Report on sanitation, dispensaries, and jails in Rajputana for 1915, and on vaccination for the year 1915-1916 - 1915-1916
Year: 1915
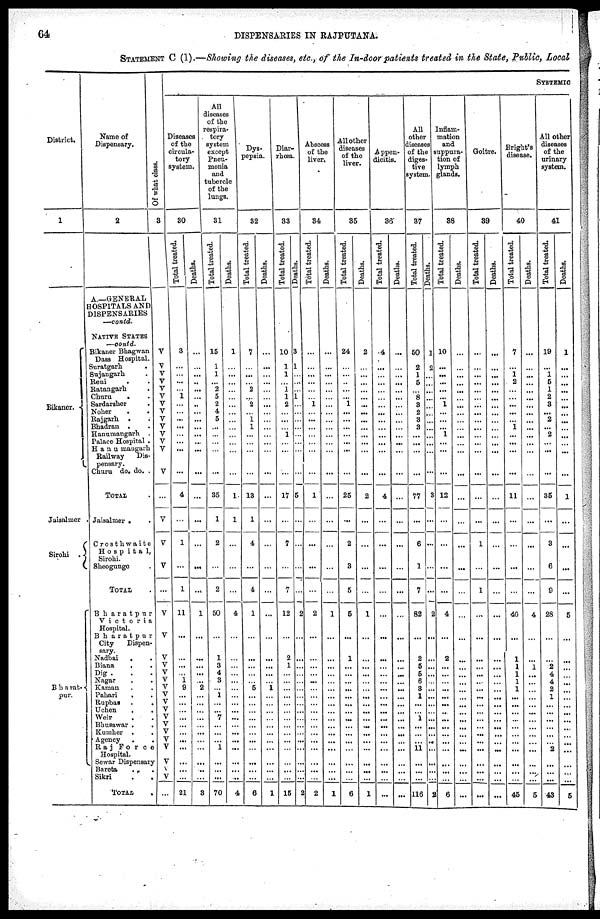
64
DISPENSARIES IN RAJPUTANA.
STATEMENT C (1).—Showing the diseases, etc., of the In-door patients treated in the State, Public, Local
District.
1
Bikaner.
Jaisalmer .
Sirohi
Bharat¬
pur.
Name of
Dispensary.
2
A.—GENERAL
HOSPITALS AND
DISPENSARIES
.—contd.
NATIVE STATES
—contd.
Bikaner Bhagwan
Dass Hospital.
Suratgarh .
Sujangarh .
Reni . .
Ratangarh .
Churu . .
Sardarsher .
Noher . .
Rajgarh . .
Bhadran . .
Hanumangarh .
Palace Hospital .
Hanumangarh
Railway
Dis-
pensary.
Churu do. do. .
TOTAL .
Jaisalmer .
Crosth waite
Hospita1,
Sirohi.
Sheogunge .
TOTAL.
Bharatpur
Victoria
Hospital.
Bharatpur
City
Dispen-
sary.
Nadbai
.
.
Biana . .
Dig . . .
Nagar . .
Kaman . .
Pahari . .
Rupbas . .
Uchen . .
Weir
Bbusawar .
Kumher . .
Agency . .
Raj Force
Hospital.
Sewar Dispensary
Bareta . .
Sikri . .
TOTAL
.
Of what class.
3
V
V
V
V
V
V
V
V
V
V
V
V
V
V
...
V
V
V
...
V
V
V
V
V
V
V
V
V
V
V
V
V
V
V
V
V
...
SYSTEMIC
Diseases
of the
circula-
tory
system.
30
Total treated.
3
...
...
...
...
1
...
... ...
...
...
...
...
...
4
...
1
...
1
11
...
...
...
...
1
9
...
...
... ...
...
...
...
...
...
...
...
21
Deaths.
...
... ...
...
...
...
...
...
...
...
...
...
...
...
...
...
...
...
...
1
...
...
...
...
...
2
...
...
...
...
...
...
...
...
...
...
...
3
All
diseases
of the
respira-
tory
system
except
Pneu-
monia
and
tubercle
of the
lungs.
31
Total treated.
15
1
1
...
2
5
2
4
6
... ...
...
...
...
35
1
2
...
2
50
...
1
3
4
3
...
1
...
...
7
...
...
...
1
...
...
...
70
Deaths.
1
... ...
...
...
...
...
...
...
...
...
...
...
...
1
1
...
...
...
4
...
...
...
... ...
...
...
... ...
...
...
...
...
...
...
...
...
4
Dys-
pepsia.
32
Total treated.
7
... ...
... 2
...
2
... 1
1
...
...
...
...
13
1
4
...
4
1
...
...
...
...
... 5
...
... ...
...
...
... ...
...
...
...
...
6
Deaths.
...
...
...
...
...
...
...
...
...
...
...
...
...
...
...
...
...
...
...
...
...
...
...
...
...
1
...
...
...
... ...
...
...
...
...
...
...
1
Diar-
rhœa.
33
Total treated.
10
1
1
... 1
1
2
...
...
... 1
...
...
...
17
...
7
...
7
12
...
2
1
... ...
...
...
...
...
...
... ...
...
...
...
...
...
15
Deaths.
3
1
1
...
...
1
...
...
...
...
...
...
...
...
5
...
...
...
...
2
...
...
...
...
...
...
...
... ...
...
...
... ..
...
...
...
...
2
Abscess
of the
liver.
34
Total treated.
...
...
...
...
...
... 1
...
...
...
...
...
...
...
1
...
...
...
...
2
...
...
...
... ...
...
...
... ...
...
...
...
...
...
...
...
...
2
Deaths.
...
...
...
...
...
...
...
...
...
...
...
... ...
...
...
...
...
...
...
1
...
...
...
...
... ...
...
... ...
...
...
...
...
...
...
...
...
_1
All other
diseases
of the
liver.
35
Total treated.
24
...
...
... ...
...
1
...
...
...
...
...
...
...
25
...
2
8
5
5
...
1
...
...
...
...
...
...
...
...
...
...
...
...
...
...
...
6
Deaths.
2
... ...
...
...
...
...
...
...
...
...
...
...
...
2
...
...
...
...
1
...
...
...
...
...
...
...
...
...
...
...
...
...
...
...
...
...
1
Appen-
dicitis.
36
Total treated.
4
...
...
...
...
...
...
...
...
...
...
...
...
...
4
...
...
...
...
...
...
...
...
...
...
...
...
...
...
...
...
...
...
...
...
...
...
...
Deaths.
...
...
...
...
...
...
...
...
...
...
...
...
...
...
...
...
...
...
...
...
...
...
...
...
...
...
...
...
...
...
...
...
...
...
...
...
...
...
All
other
diseases
of the
diges-
tive
system
37
Total treated.
50
2
1
5
...
8
8
2
3
8
...
...
...
...
77
...
6
1
7
82
...
2
5
5
6
8
1
...
...
1
... ...
...
11
...
...
...
116
Deaths.
1
2
...
...
...
...
...
...
...
...
...
...
...
...
3
...
...
...
...
2
...
...
...
...
...
...
...
...
... ...
...
...
...
...
...
...
...
2
Inflam-
mation
and
suppura-
tion of
lymph
glands.
38
Total treated.
10
...
...
...
...
...
1
...
...
...
1
...
...
...
12
...
...
...
...
4
...
2
...
...
...
...
...
...
...
...
... ...
...
...
...
...
...
6
Deaths.
...
...
...
...
...
...
...
...
...
... ...
... ...
...
...
...
...
...
...
...
...
...
...
...
...
...
...
...
... ...
...
...
...
...
...
...
...
...
Goitre.
39
Total treated.
...
...
...
...
...
...
...
...
...
...
...
...
...
...
...
...
1
...
1
...
...
...
...
...
...
...
...
...
...
...
...
...
...
...
...
...
...
...
Deaths.
...
...
...
...
...
...
...
...
...
...
...
...
...
...
...
...
...
...
...
...
...
...
...
...
...
...
...
...
...
...
...
...
...
...
...
...
...
...
Bright's
disease.
40
Total treated.
7
...
1
2
...
...
...
...
...
1
...
...
...
...
11
...
...
...
...
40
...
1
1
1
1
1
...
...
...
...
...
...
...
...
...
...
...
45
Deaths.
...
...
...
...
...
...
...
...
...
...
...
...
...
...
...
...
...
...
...
4
...
...
1
...
...
...
... ...
...
... ...
...
...
...
...
...
...
_5
All other
diseases
of the
urinary
system.
41
Total treated.
19
...
1
5
1
2
8
...
2
...
2
...
...
...
35
...
3
6
9
28
...
...
2
4
4
2
1
...
...
...
...
...
...
2
...
... ...
38
Deaths.
1
...
...
...
...
...
...
...
...
...
...
...
...
...
1
...
...
...
...
5
...
...
...
...
...
...
...
...
...
...
...
...
...
...
...
... ...
5